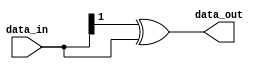
// This program was cloned from: https://github.com/chipsalliance/aib-phy-hardware
// License: Apache License 2.0

// SPDX-License-Identifier: Apache-2.0
// Copyright (C) 2019 Intel Corporation. 
//------------------------------------------------------------------------
//
// Revision:    $Revision: #1 $
//------------------------------------------------------------------------

module cdclib_bintogray
   #(
      parameter WIDTH           = 2 // Data width 
    )
   (
   // Inputs
   input  wire [WIDTH-1:0]  data_in,       // data in
   // Outputs
   output wire  [WIDTH-1:0]  data_out       // data out
   );


assign data_out = (data_in>>1) ^ data_in;

endmodule